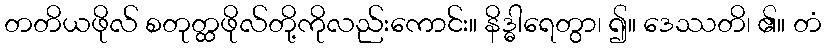
တတိယဖိုလ် စတုတ္ထဖိုလ်တို့ကိုလည်းကောင်း။ နိဒ္ဓါရေတွာ၊ ၍။ ဒေဿတိ၊ ၏။ တံ